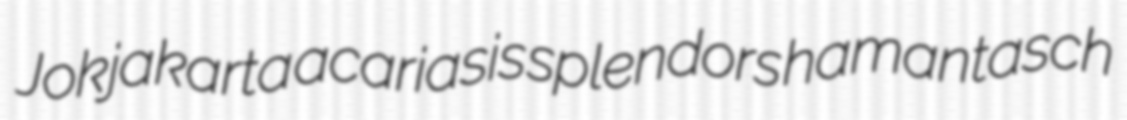
Jokjakarta acariasis splendors hamantasch